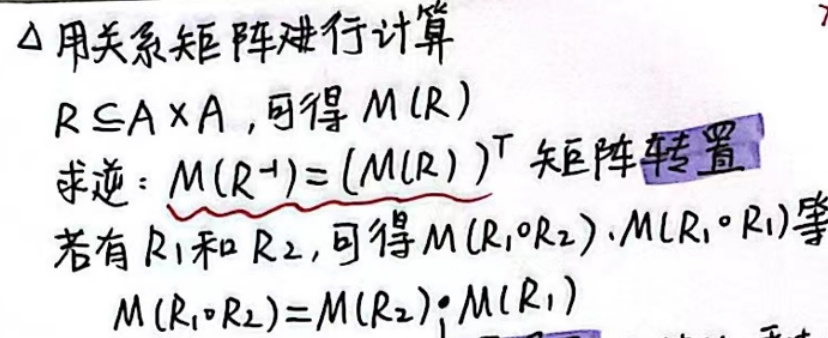
$\Delta$用关系矩阵进行计算

$R\subseteq A\times A$，可得$M(R)$

求逆：$M(R^{-1})=(M(R))^{T}$\underline{矩阵转置}

若有$R_{1}$和$R_{2}$，可得$M(R_{1}\circ R_{2})$、$M(R_{2}\circ R_{1})$等

$M(R_{1}\circ R_{2})=M(R_{2})\cdot M(R_{1})$